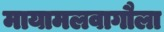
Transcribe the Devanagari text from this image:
मायामलवागौला